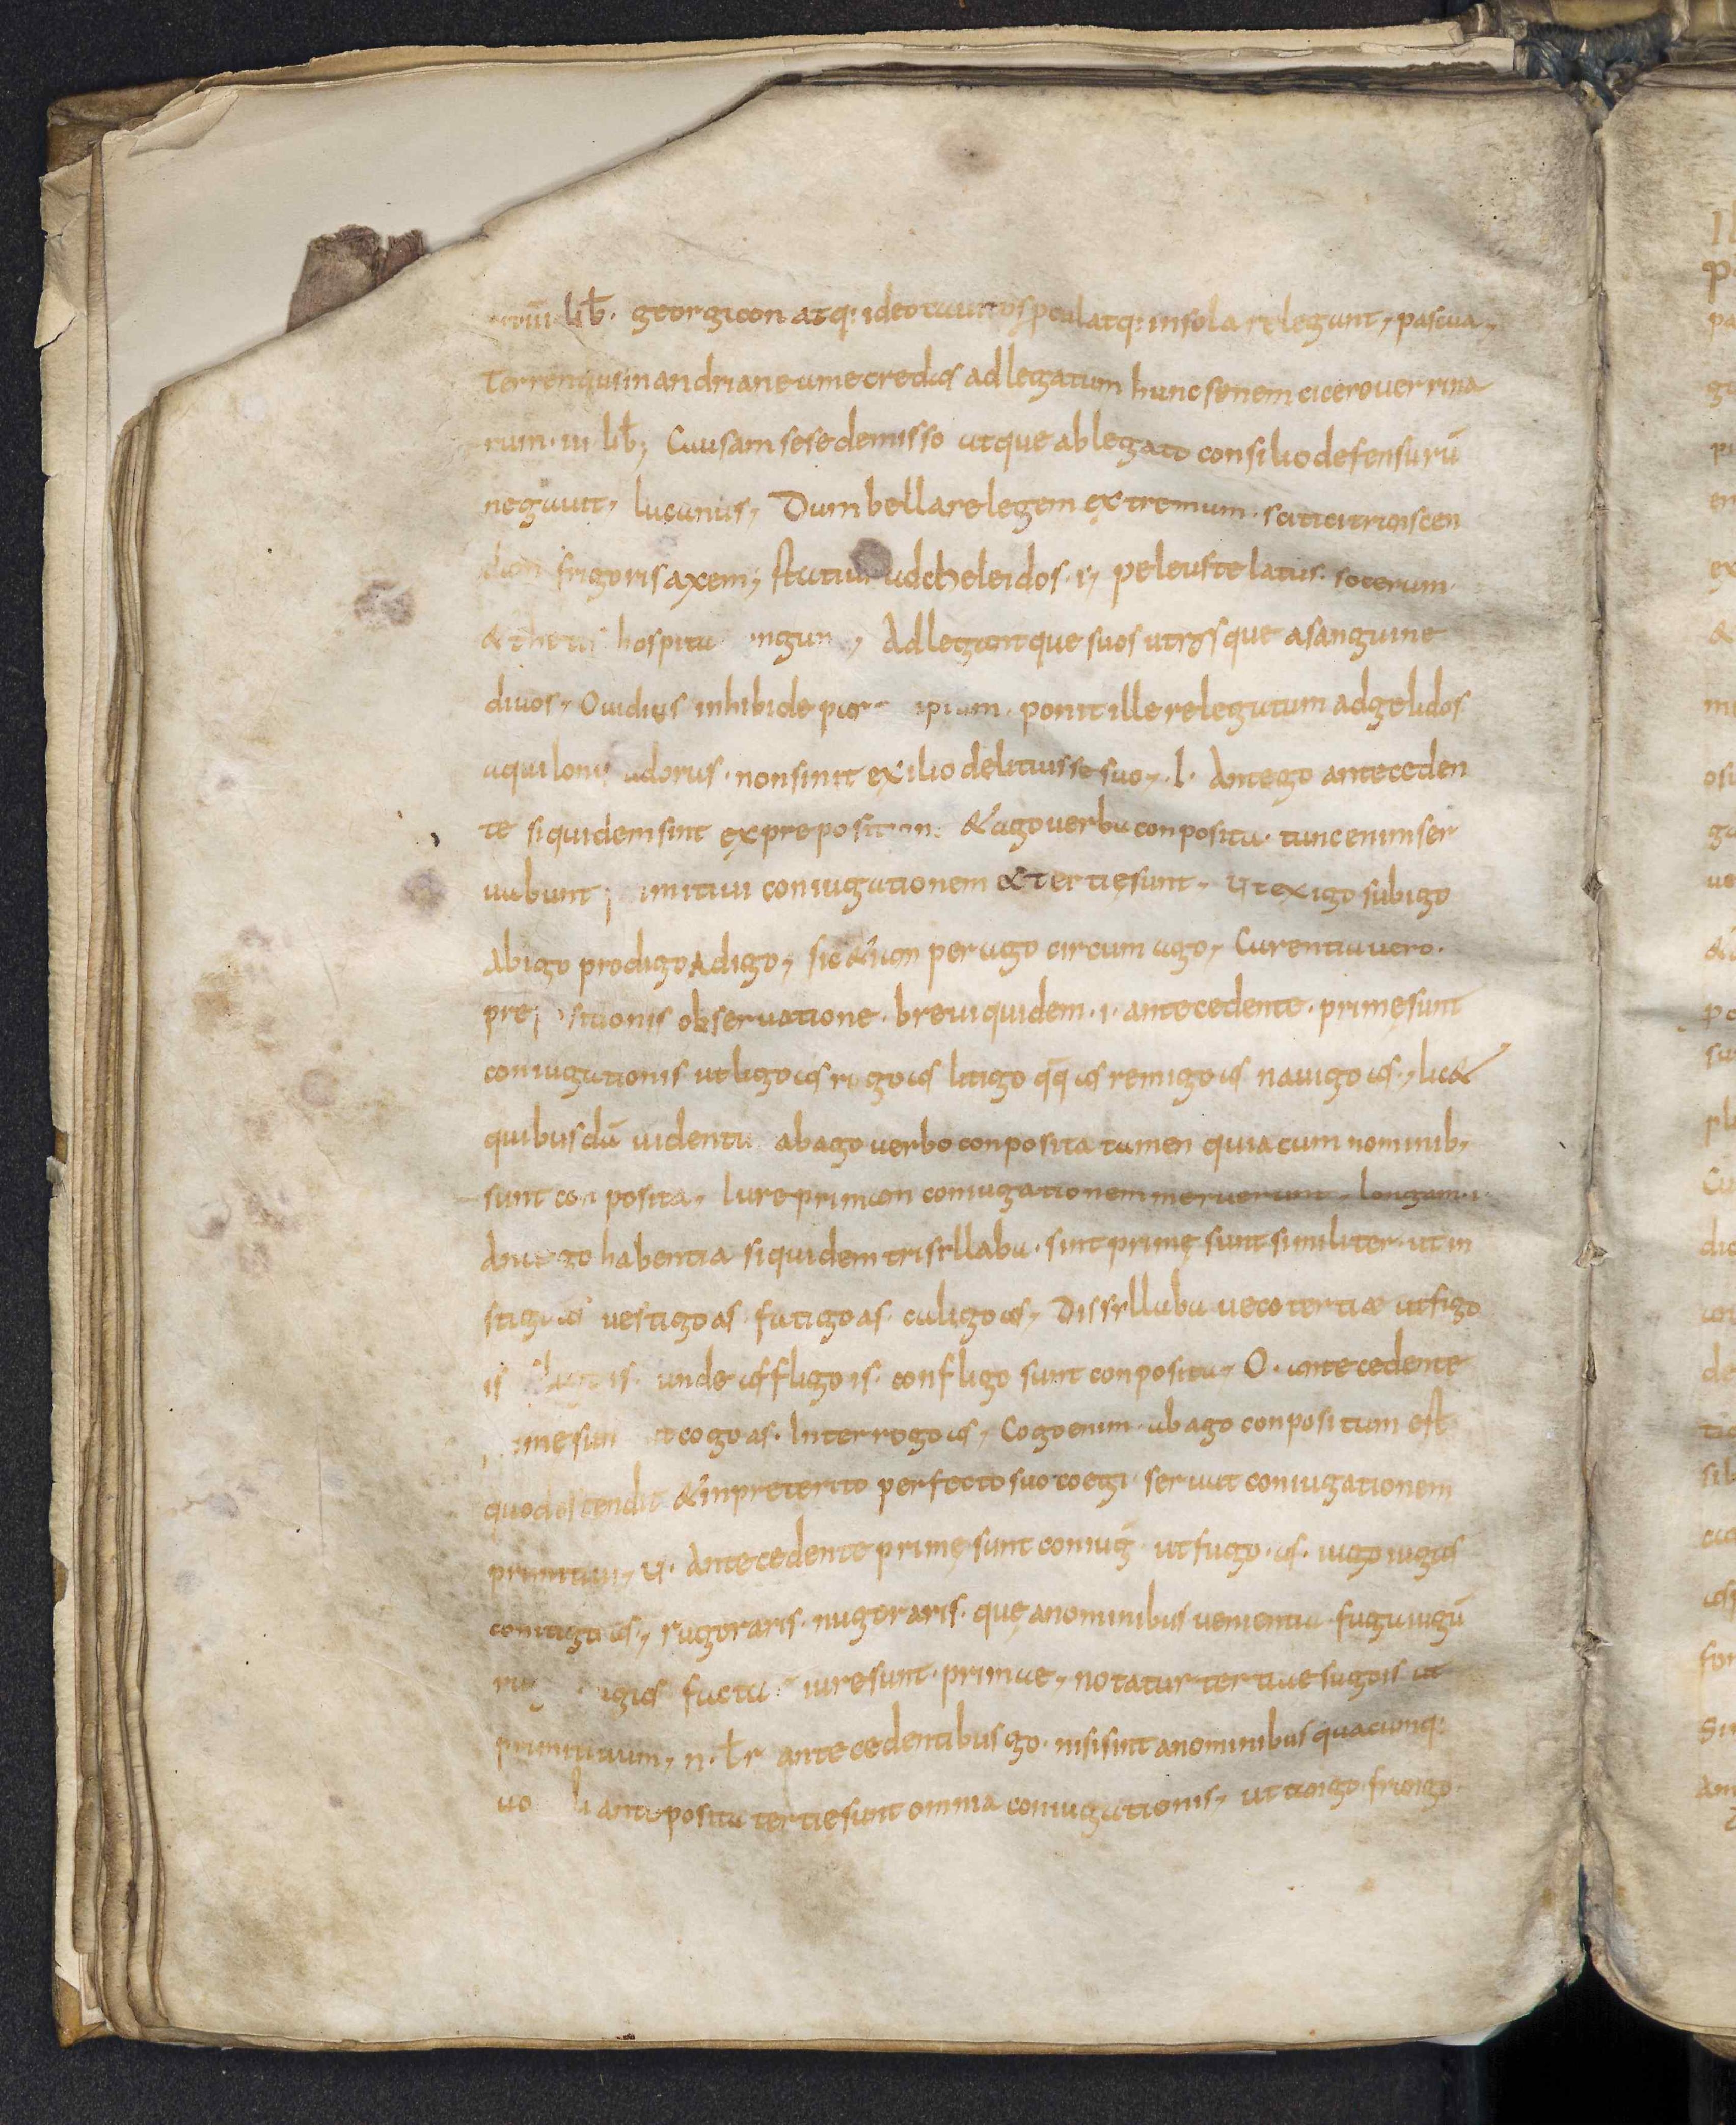
Shelfmark: Leiden, Bibliotheek der Rijksuniversiteit, Voss. Lat. O 41
Century: 9